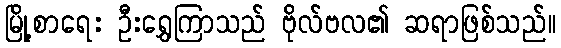
မြို့စာရေး ဦးရွှေကြာသည် ဗိုလ်ဗလ၏ ဆရာဖြစ်သည်။